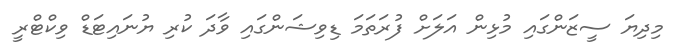
މިދިޔަ ސީޒަންގައި މުޅިން އަލަށް ފުރަތަމަ ޑިވިޝަންގައި ވާދަ ކުރި ޔުނައިޓަޑް ވިކްޓްރީ